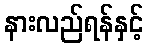
နားလည်ရန်နှင့်